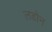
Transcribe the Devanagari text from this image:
लडोन